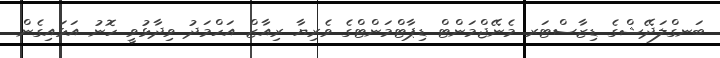
ބަނގްލަދޭޝްގެ ޑިޒާސްޓަރ މެނޭޖްމަންޓް ޑިޕާޓްމަންޓްގެ ވެރިޔާ ރިއާޒް އަހްމަދު ވިދާޅުވީ ހޮނު އަޅައިގެން